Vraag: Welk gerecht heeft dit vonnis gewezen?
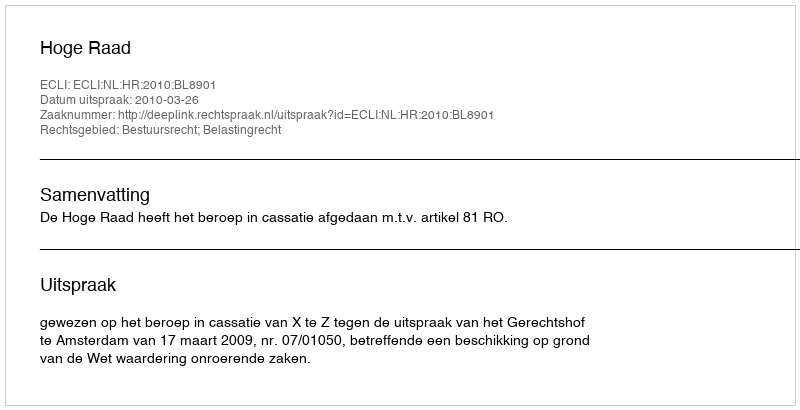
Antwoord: Hoge Raad